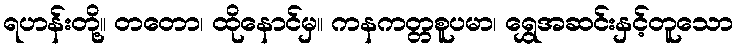
ရဟန်းတို့။ တတော၊ ထိုနောင်မှ။ ကနကတ္တစူပမာ၊ ရွှေအဆင်းနှင့်တူသော